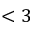
< 3